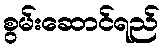
စွမ်းဆောင်ရည်